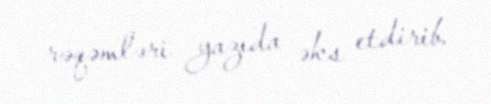
rəqəmləri yazıda əks etdirib.